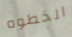
الخطوه